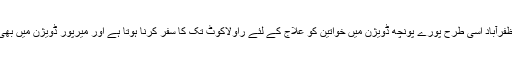
نیلم سے چکار تک کی خواتین کو علاج کے لئے مظفرآباد اسی طرح پورے پونچھ ڈویژن میں خواتین کو علاج کے لئے راولاکوٹ تک کا سفر کرنا ہوتا ہے اور میرپور ڈویژن میں بھی کوٹلی شہر اور میر پور شہر کا رخ کرنا ہوتا ہے۔